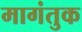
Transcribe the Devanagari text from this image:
मागंतुक